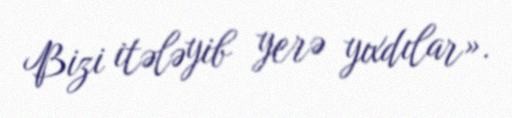
Bizi itələyib yerə yıxdılar».